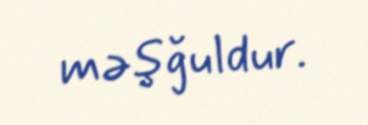
məşğuldur.